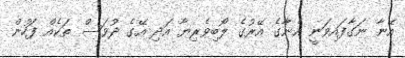
އޭނާ ނަގާފައިވަނީ އެނާގެ އޭރުގެ ލޯބިވެރިޔާ އަދި އޭގެ ދުވަސް ތަކެއް ފަހުން